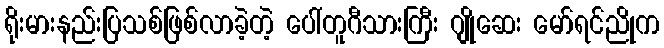
ရိုးမားနည်းပြသစ်ဖြစ်လာခဲ့တဲ့ ပေါ်တူဂီသားကြီး ဂျိုဆေး မော်ရင်ညိုက